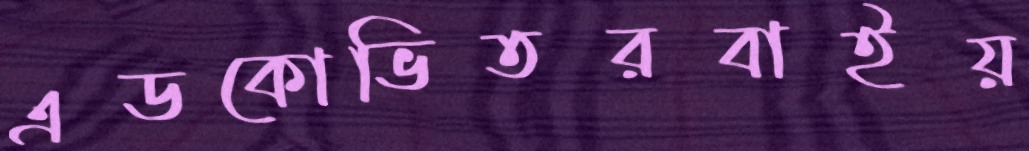
এডকোভিতরবাইয়